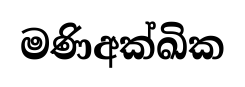
මණිඅක්ඛික